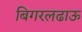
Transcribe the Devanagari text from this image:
बिगरलढाऊ